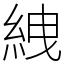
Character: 絏